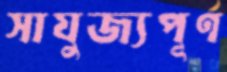
সাযুজ্যপূর্ণ